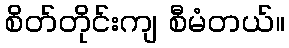
စိတ်တိုင်းကျ စီမံတယ်။